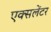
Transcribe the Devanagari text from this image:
एक्सलेंटर